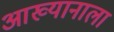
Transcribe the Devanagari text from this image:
आख्यानाला